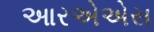
આરએએસ